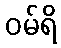
ဝမ်ရိ